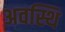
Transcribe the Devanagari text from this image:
अवस्थि